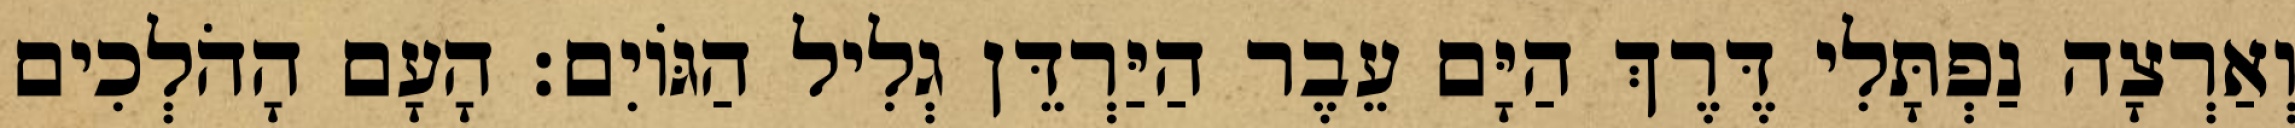
וְאַרְצָה נַפְתָּלִי דֶּרֶךְ הַיָּם עֵבֶר הַיַּרְדֵּן גְלִיל הַגּוֹיִם׃ הָעָם הָהֹלְכִים